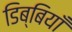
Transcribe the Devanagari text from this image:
डिब्बियाँ